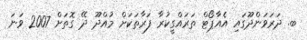
ބ. ދަރަވަންދޫގައި އެއާޕޯޓް ތަރައްގީކުރާ ފަރާތަކަށް މުއްދޫ ދޭ ގޮތަށް 2007 ވަނަ